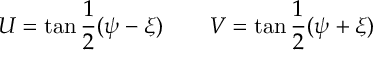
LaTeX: U = \tan \frac 1 2 ( \psi - \xi ) \quad \quad V = \tan \frac 1 2 ( \psi + \xi )